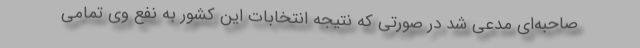
صاحبه‌ای مدعی شد در صورتی که نتیجه انتخابات این کشور به نفع وی تمامی